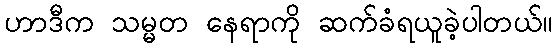
ဟာဒီက သမ္မတ နေရာကို ဆက်ခံရယူခဲ့ပါတယ်။